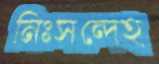
নিঃসন্দেহ